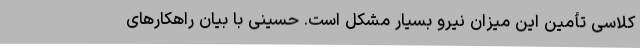
کلاسی تأمین این میزان نیرو بسیار مشکل است. حسینی با بیان راهکارهای